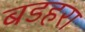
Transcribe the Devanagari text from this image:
बडहरा